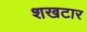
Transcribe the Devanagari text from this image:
शखटार